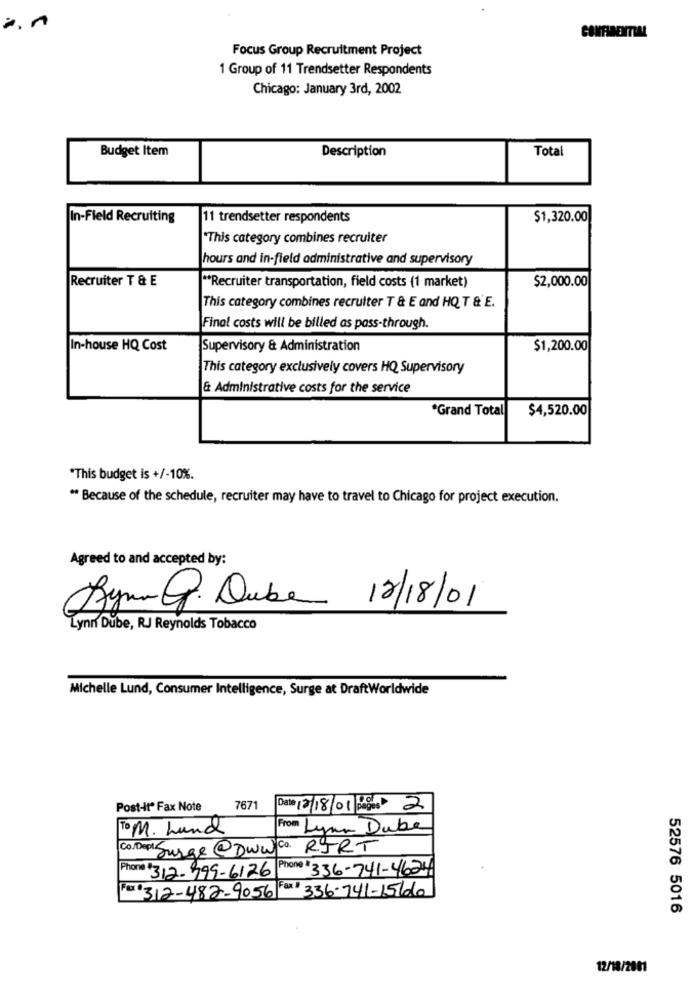
Focus Group Recruitment Project
1 Group of 11 Trendsetter Respondents
Chicago: January 3rd, 2002
Budget Item
Description
Total
In-Field Recruiting
11 trendsetter respondents
$1,320.00
"This category combines recruiter
hours and in-field administrative and supervisory
Recruiter T & E
$2,000.00
"Recruiter transportation, field costs (1 market)
This category combines recruiter T & E and HQ T & E.
Final costs will be billed as pass-through.
In-house HQ Cost
Supervisory & Administration
$1,200.00
This category exclusively covers HQ Supervisory
& Administrative costs for the service
*Grand Total
$4,520.00
*This budget is +/-10%.
** Because of the schedule, recruiter may have to travel to Chicago for project execution.
Agreed to and accepted by:
Bym Q Duke 12/18/01
Lynn Dube, RJ Reynolds Tobacco
Michelle Lund, Consumer Intelligence, Surge at DraftWorldwide
Post-Itº Fax Note
7671
Date 12/18/01 Pages 2
To M. Lund
From Lynn Dube
Co/Depl: Surge@www.Co.
RTRT
Phone 1 336-741-4624
Phone + 312-999-6126
Fax: 312-482-9056 Fax] 336-741-156060
52576 5016
12/18/2001